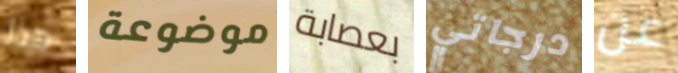
هذا موضوعة بعصابة درجاتي عن